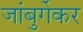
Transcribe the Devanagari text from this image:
जांबुर्गेकर